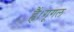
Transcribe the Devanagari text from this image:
हैं।गूगल